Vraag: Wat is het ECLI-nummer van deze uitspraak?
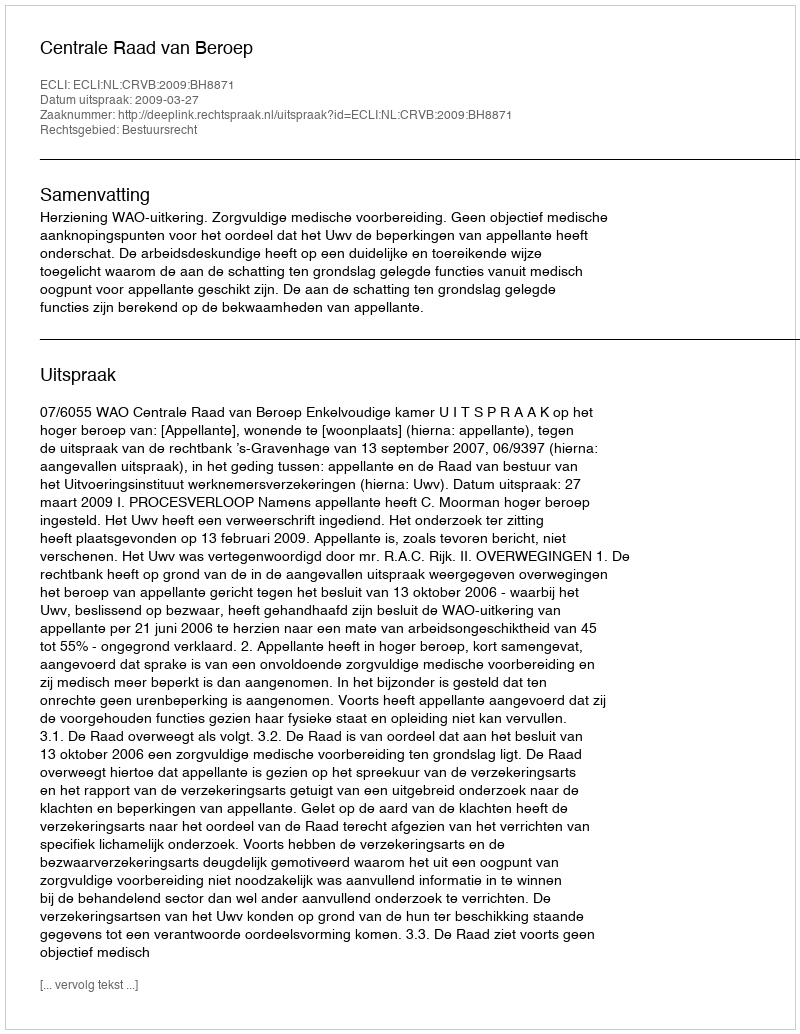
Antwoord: ECLI:NL:CRVB:2009:BH8871